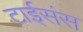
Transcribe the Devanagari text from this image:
टाईसंस